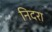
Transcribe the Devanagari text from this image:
निदरा